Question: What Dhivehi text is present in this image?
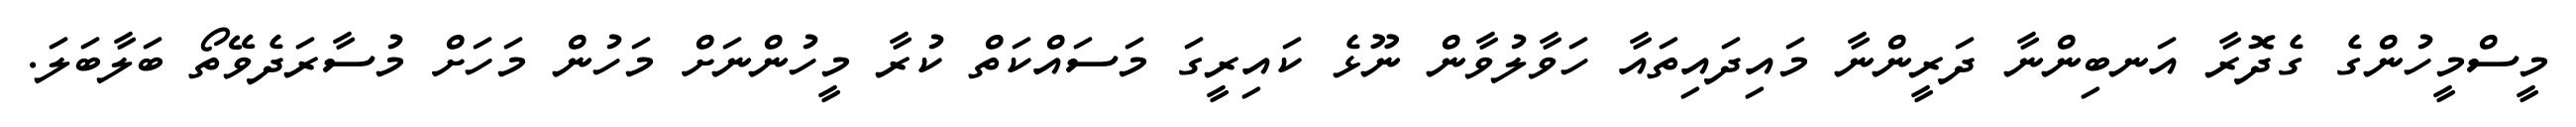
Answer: މީސްމީހުންގެ ގެދޮރާ އަނބިންނާ ދަރީންނާ މައިދައިތައާ ހަވާލުވާން ނޫޅެ ކައިރީގަ މަސައްކަތް ކުރާ މީހުންނަށް މަހުން މަހަށް މުސާރަދެވޭތޯ ބަލާބަލަ.